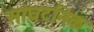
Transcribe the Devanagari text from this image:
सांघटनिक